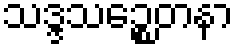
သဒ္ဒသဉ္စေတနာ